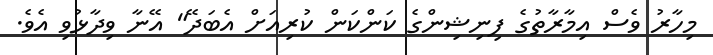
މިހާރު ވެސް އިމާރާތުގެ ފިނިޝިންގެ ކަންކަން ކުރިއަށް އެބަދޭ" އޭނާ ވިދާޅުވި އެވެ.